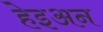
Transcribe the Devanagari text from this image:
हेइअन